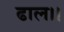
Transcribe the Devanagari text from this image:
ढाल।।